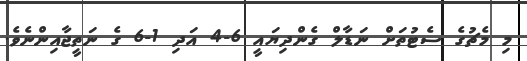
މި މެޗުގެ ސެޓުތަށް ނަޑާލް ގެންދިޔައީ 6-4 އަދި 1-6 ގެ ނަތީޖާއިންނެވެ.